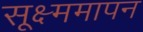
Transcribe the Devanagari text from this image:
सूक्ष्ममापन